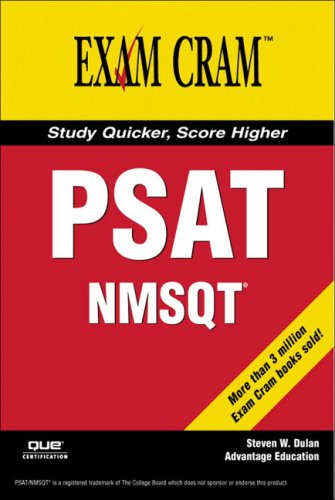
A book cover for PSAT Exam Cram; Advantage Education; Test Preparation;